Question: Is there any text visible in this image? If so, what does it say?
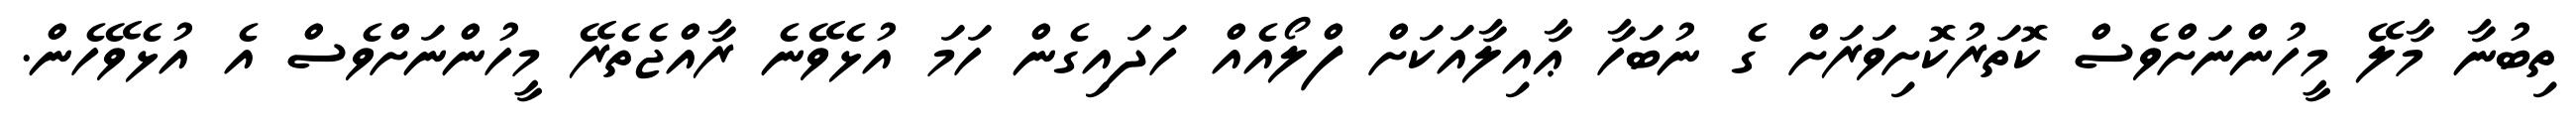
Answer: ތިބުނާ މާލޭ މީހުންނަށްވެސް ކޮތަރުކޮށިވަރަށް ގެ ނުބަހާ ޢާއިލާއަކަށް ފްލޯއެއް ހަދައިގެން ހަމަ އުޅެވޭނެ ރާއްޖެތެރޭ މީހުންނަށްވެސް އެ އުޅެވޭހެން.